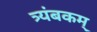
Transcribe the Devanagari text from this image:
त्र्यंबकम्